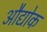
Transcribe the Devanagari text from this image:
औद्योक